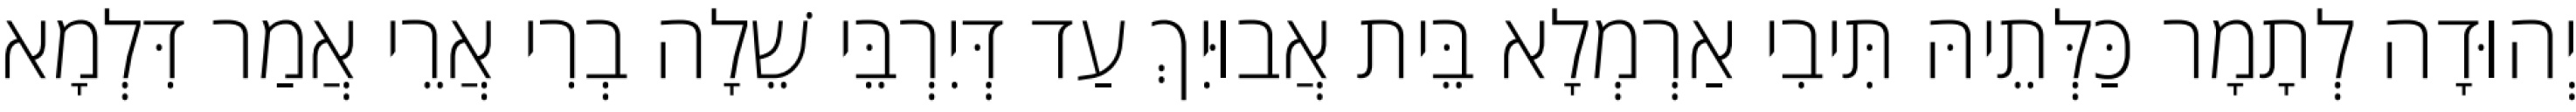
יְהוּדָה לְתָמָר כַּלְּתֵיהּ תִּיבִי אַרְמְלָא בֵּית אֲבוּיִךְ עַד דְּיִרְבֵּי שֵׁלָה בְרִי אֲרֵי אֲמַר דִּלְמָא